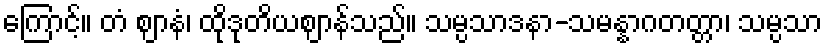
ကြောင့်။ တံ ဈာနံ၊ ထိုဒုတိယဈာန်သည်။ သမ္ပသာဒနာ-သမန္နာဂတတ္တာ၊ သမ္ပသာ